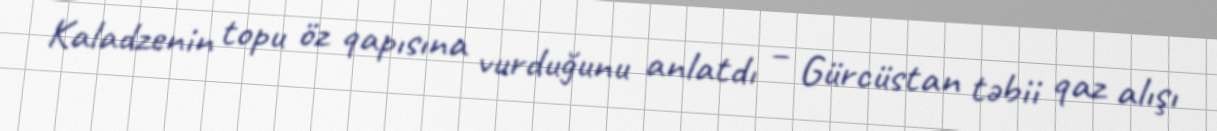
Kaladzenin topu öz qapısına vurduğunu anlatdı – Gürcüstan təbii qaz alışı